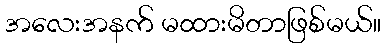
အလေးအနက် မထားမိတာဖြစ်မယ်။